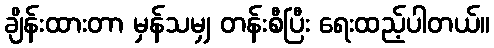
ချိန်းထားတာ မှန်သမျှ တန်းစီပြီး ရေးထည့်ပါတယ်။